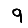
Digit: 9